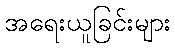
အရေးယူခြင်းများ